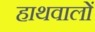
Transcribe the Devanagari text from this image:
हाथवालों